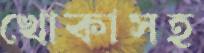
খোকাসহ